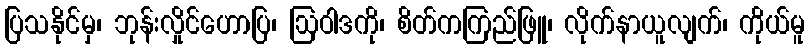
ပြသနိုင်မှ၊ ဘုန်းလှိုင်ဟောပြ၊ ဩဝါဒကို၊ စိတ်ကကြည်ဖြူ၊ လိုက်နာယူလျက်၊ ကိုယ်မူ